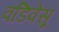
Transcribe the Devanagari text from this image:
वडिवेसू